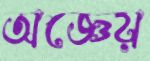
অজ্ঞেয়